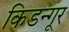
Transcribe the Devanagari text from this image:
किडन्गूर